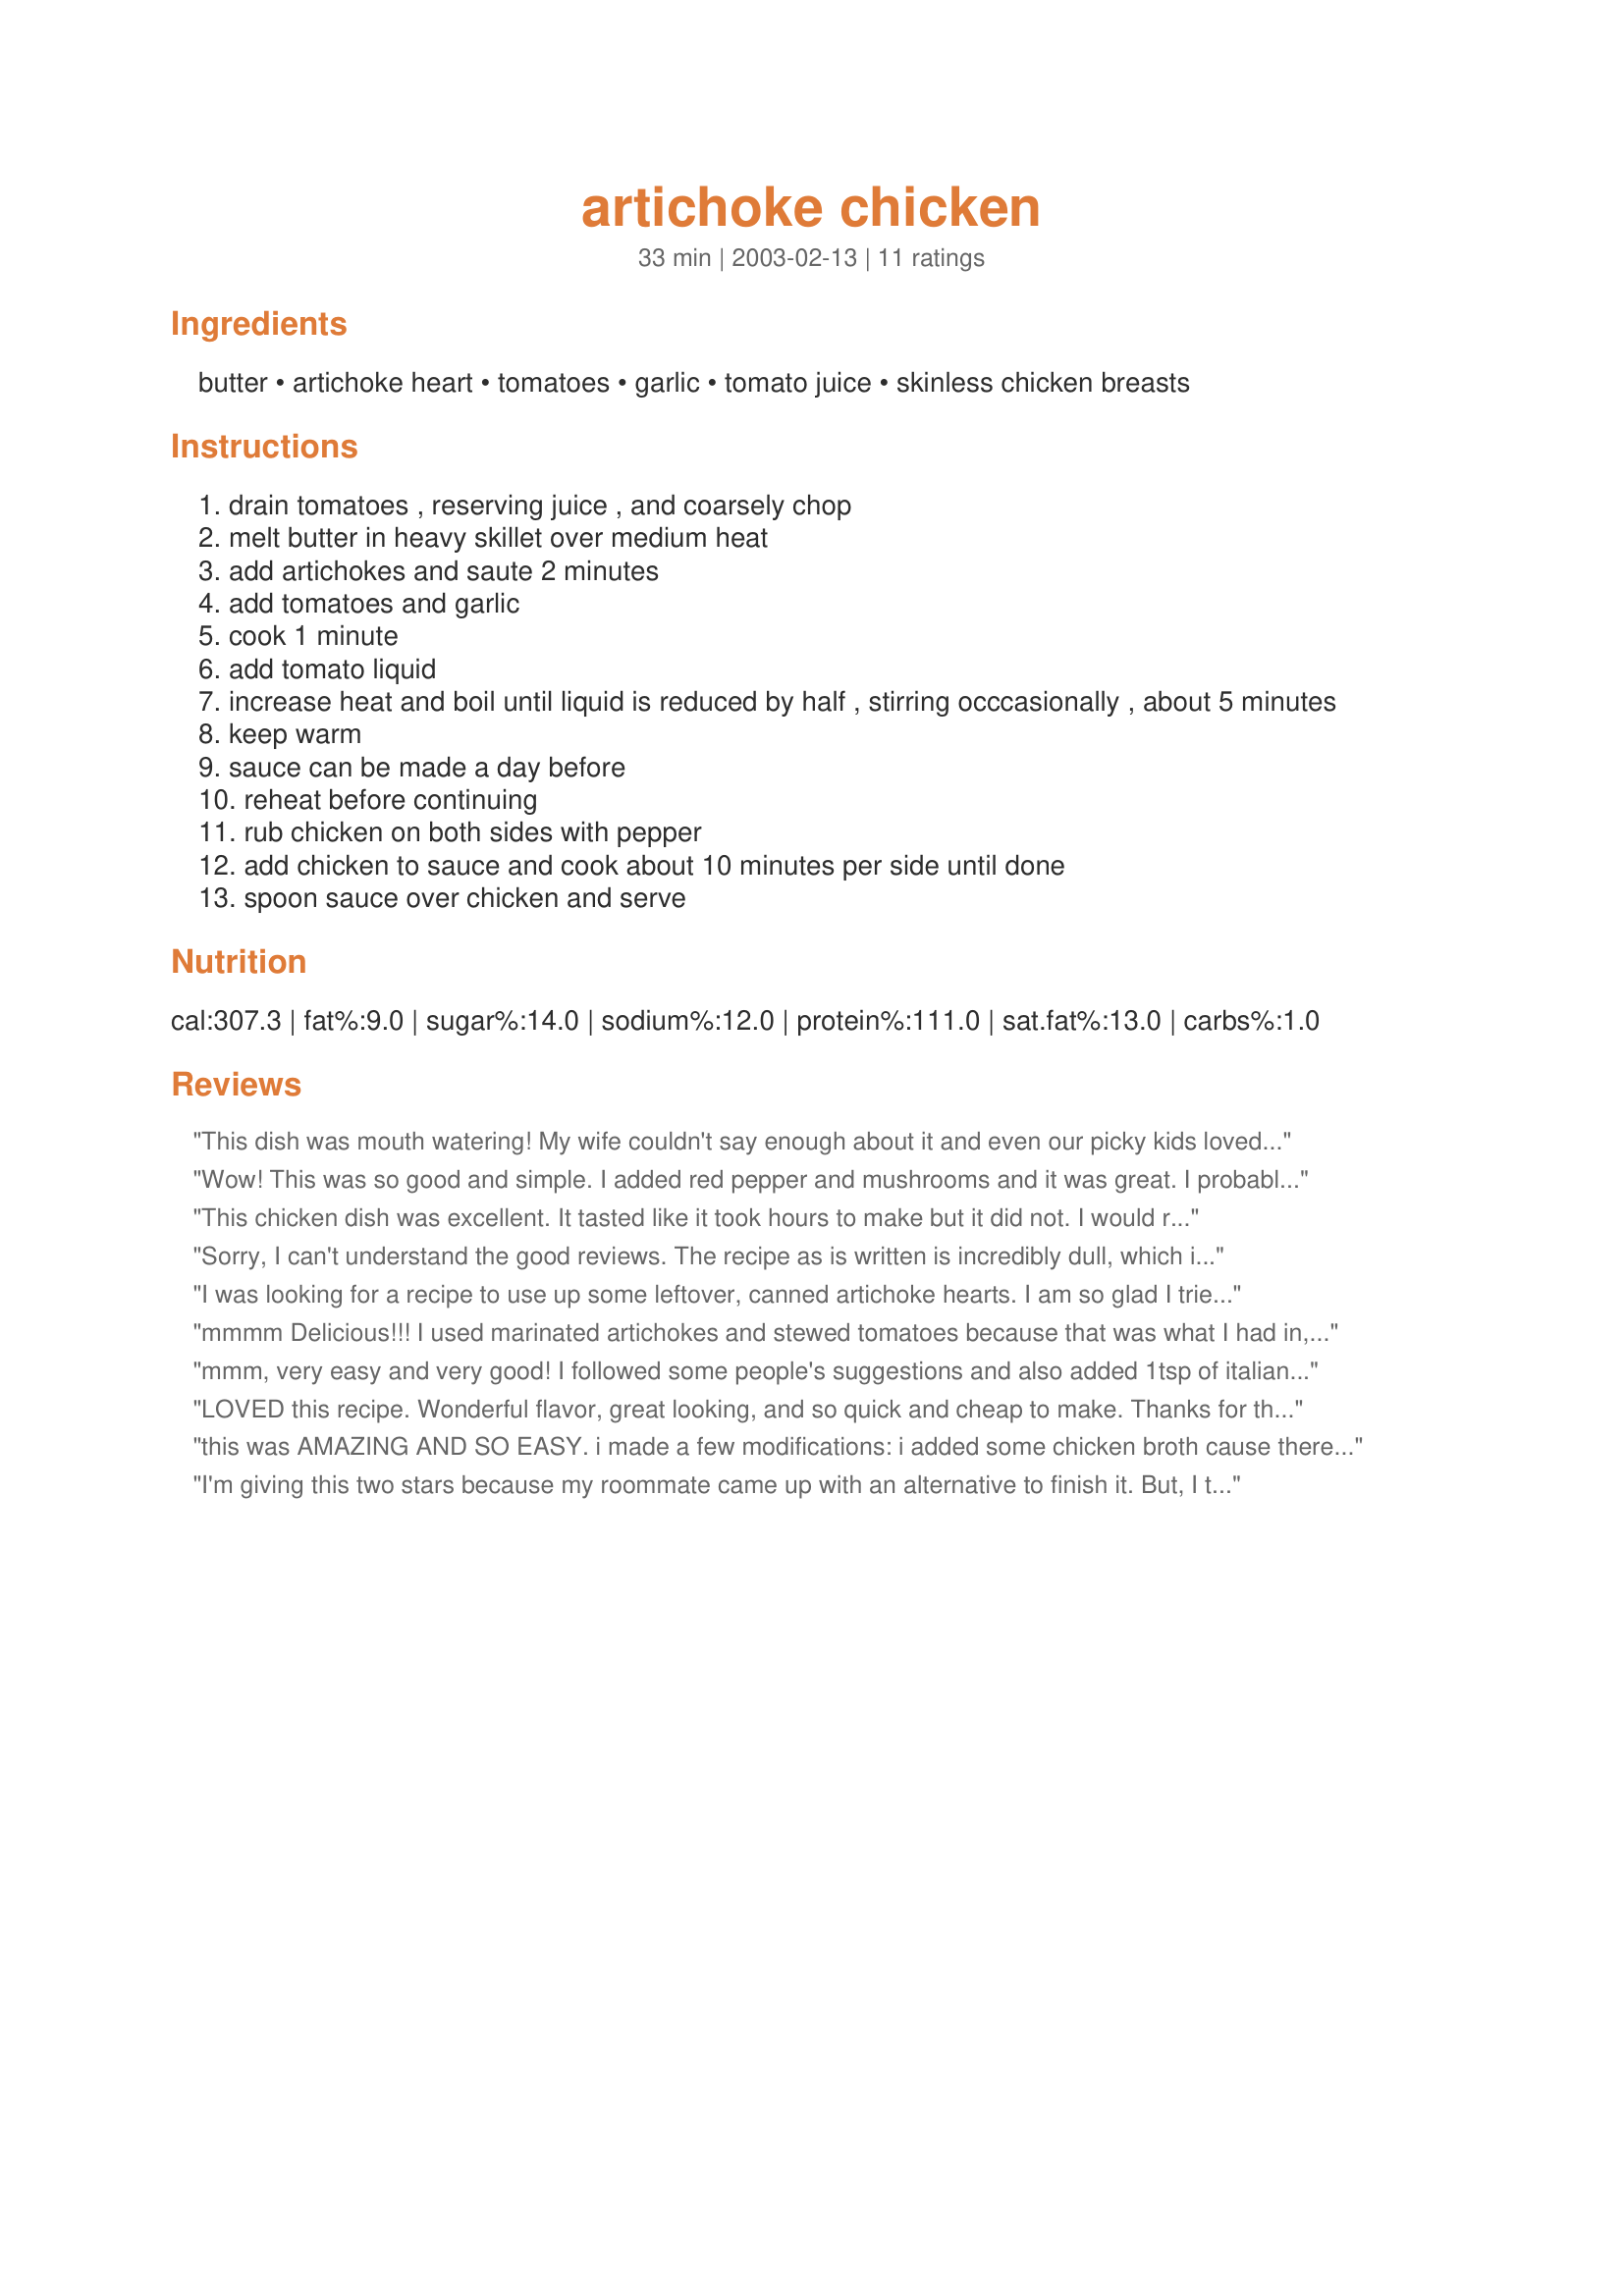
artichoke chicken
Preparation time: 33 minutes

Ingredients:
butter, artichoke heart, tomatoes, garlic, tomato juice, skinless chicken breasts

Steps:
drain tomatoes , reserving juice , and coarsely chop
melt butter in heavy skillet over medium heat
add artichokes and saute 2 minutes
add tomatoes and garlic
cook 1 minute
add tomato liquid
increase heat and boil until liquid is reduced by half , stirring occcasionally , about 5 minutes
keep warm
sauce can be made a day before
reheat before continuing
rub chicken on both sides with pepper
add chicken to sauce and cook about 10 minutes per side until done
spoon sauce over chicken and serve

Reviews:
This dish was mouth watering! My wife couldn't say enough about it and even our picky kids loved it.

We added the juice from the artichoke hearts and some marsala wine to keep the sauce from thickening too much. We also covered the pan as it simmered. 

Excellent!
Wow! This was so good and simple. I added red pepper and mushrooms and it was great. I probably needed a little more tomato juice, but other than that,I highly reccomend it
This chicken dish was excellent. It tasted like it took hours to make but it did not. I would recommend for a dinner party.
Sorry, I can't understand the good reviews. The recipe as is written is incredibly dull, which is why I gave it only two stars. You could doctor it up, but it is going to take more than some Italian seasoning, which I also tried. Covering anything with a lot of cheese usually helps.
I was looking for a recipe to use up some leftover, canned artichoke hearts. I am so glad I tried this one. Very easy to make and the chicken melted in your mouth it was so tender. My 14 year-old loved it, and so do I!
mmmm Delicious!!! I used marinated artichokes and stewed tomatoes because that was what I had in, I saved the marinade from the artichokes and added it to the tomato jucice to make up the amount requied. We really loved the flavoures, lovely chicken recipe, thanks for sharing.
mmm, very easy and very good! I followed some people's suggestions and also added 1tsp of italian seasoning and 1/2 tsp crushed red pepper flakes. I served it with grated parmesan on the top and it was great! Thanks!!
LOVED this recipe. Wonderful flavor, great looking, and so quick and cheap to make. Thanks for the keeper recipe! :)
this was AMAZING AND SO EASY. i made a few modifications: i added some chicken broth cause there wasn't enough tomato juice in my cans, i used 2 cans of tomatoes instead of 1, and i would use more artichokes when (not if) i make it again...also add some basal and oregano!
I'm giving this two stars because my roommate came up with an alternative to finish it. But, I thought it was bland an odd texture. You might be able to spice it up, but on it's own I wouldn't recommend it. We added the left overs to a jar of spaghetti sauce and had "chicken parmesean" over pasta. Otherwise we have tossed the left overs. Sorry Dancer, I enjoy other recipes of yours!
I made this recipe for dinner tonight after seeing a picture of it posted on the new pictures link. Overall, I thought it was good, but felt the sauce was a little too bland for my family's taste. I seasoned it with a teaspoon of Italian seasoning, a half teaspoon of crushed red pepper, and some additional salt and pepper. I also grated fresh Parmesan cheese on top before serving. Thanks for the recipe.
